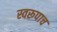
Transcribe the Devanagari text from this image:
स्वरूपाच